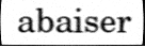
abaiser